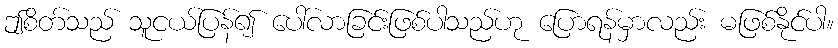
ဤစိတ်သည် သူငယ်ပြန်၍ ပေါ်လာခြင်းဖြစ်ပါသည်ဟု ပြောရန်မှာလည်း မဖြစ်နိုင်ပါ။